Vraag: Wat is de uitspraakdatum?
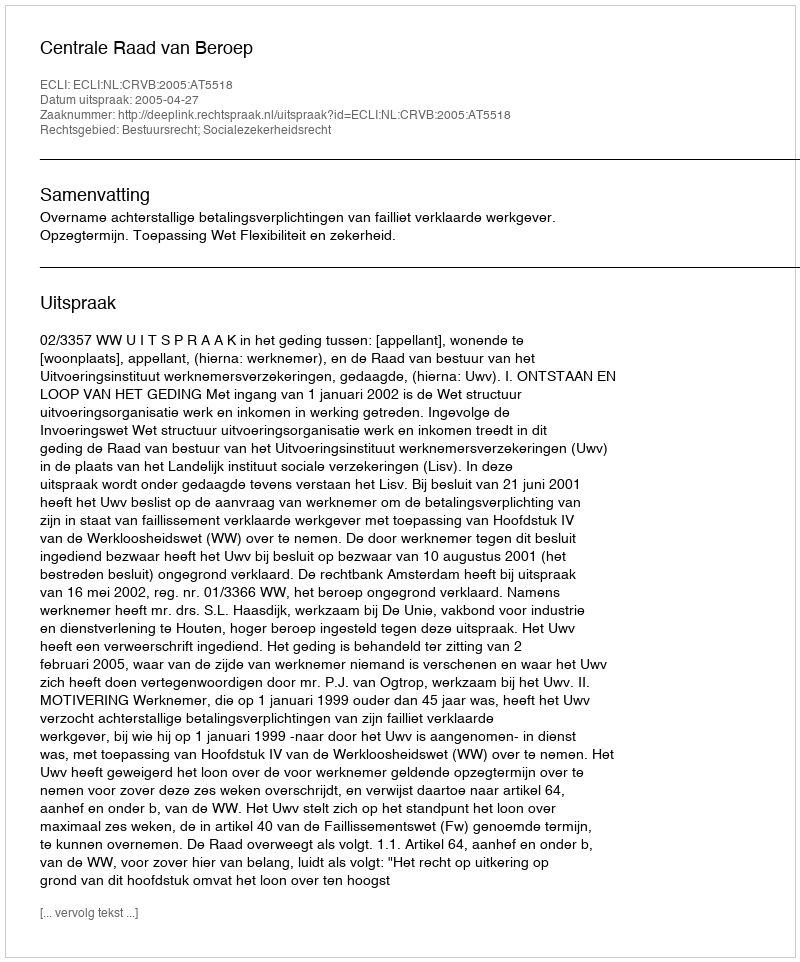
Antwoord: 2005-04-27